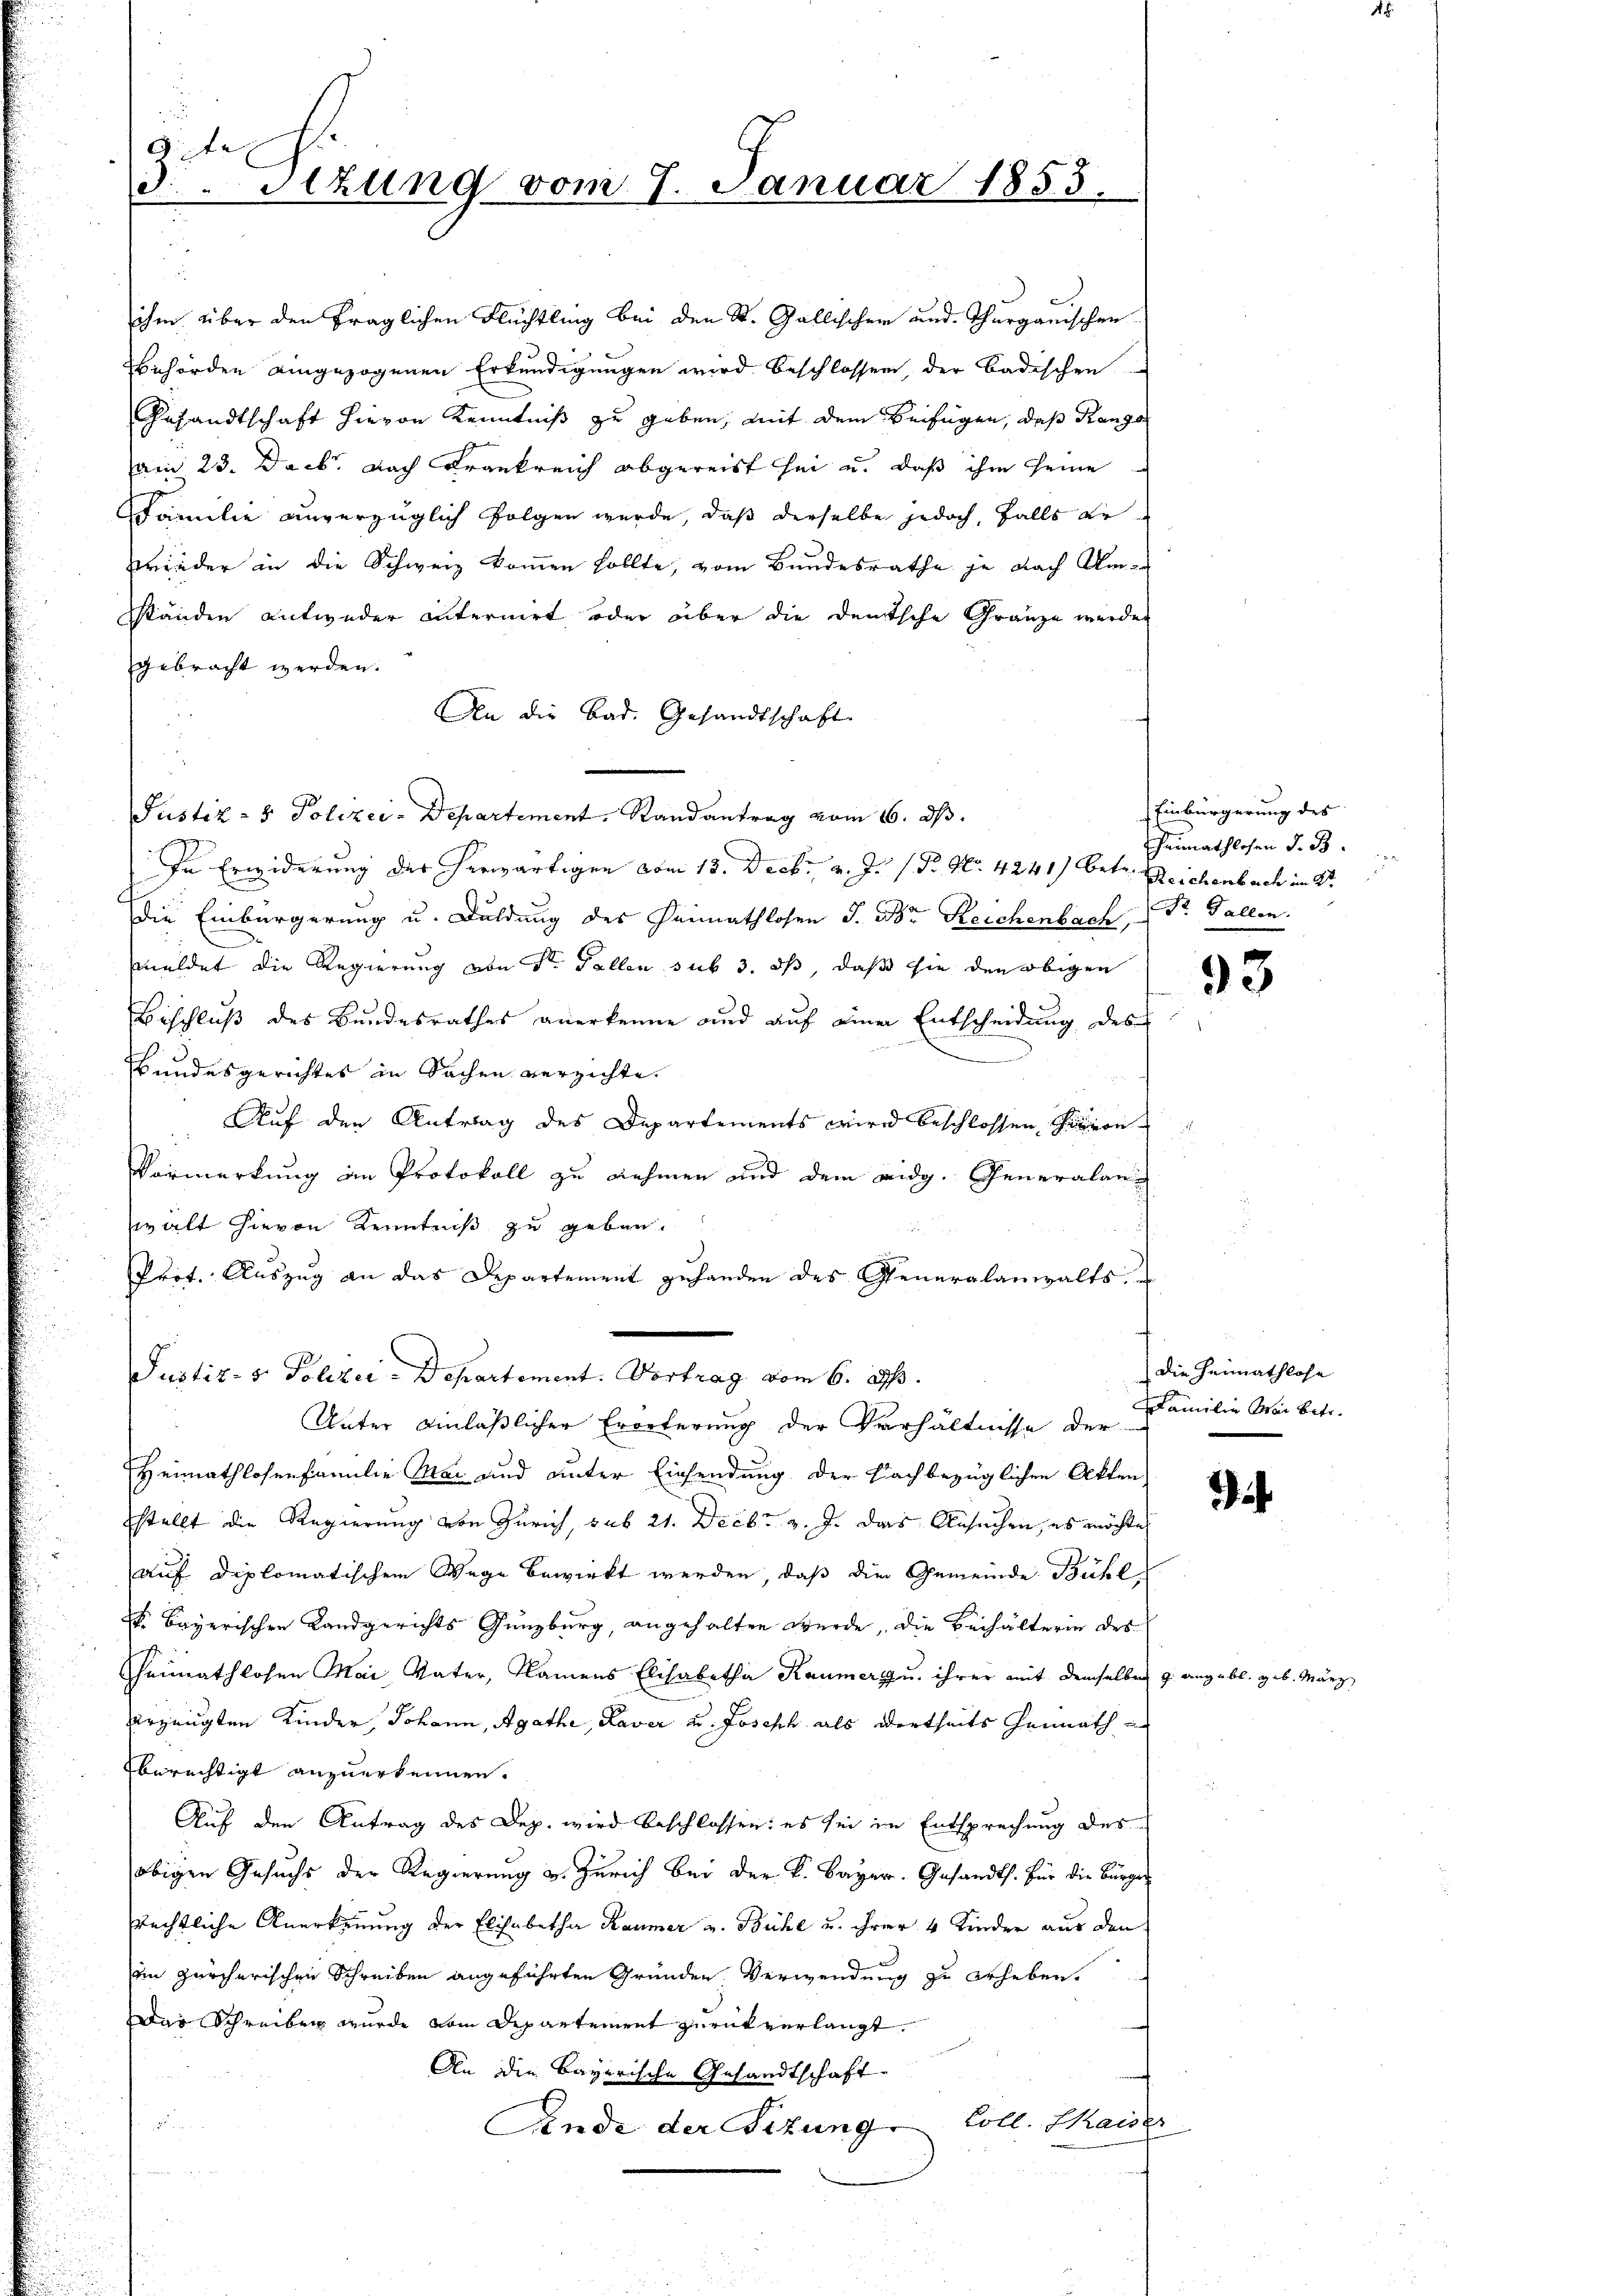
G.te
d.Stzung vom 7. Januar 1853.

ihm über den fraglichen Flüchtling bei den St. Gallischer und Thurgauischen
behörden eingezogenen Erkundigungen wird beschlossen, der Badischen
Gesandtschaft hievon Kenntniß zu geben, mit dem Beifügen, daß Rango
am 23. Decb. nach Frankreich abgereist sei u. daß ihm seine
Familie unverzüglich folgen wurde, daß derselbe jedoch, falls er¬
Wieder an die Schweiz kommen sollte, vom Bundesrathe je nach Um-
ständen entweder internirt oder über die deutsche Gränze werden
gebracht werden.
An die Bad. Gesandtschaft
Justiz- & Polizei-Departement. Randantrag vom 16. d.
In Erwiderung der herwärtigen vom 13. Deck. v. J. P. Nr. 4241) betr. Reichenbach in Sr.
Die Einbürgerung u. Duldung des Heimathlosen J. Der Reichenbach, Dr. Gallen.
meldet die Regierung von Sr. Fallen sub 3. ds, daß sie den obigen
Beschluß des Bundesrathes anerkenne und auf einer Entscheidung des
Bundesgerichtes in Sachen verzichte.
Auf den Antrag des Departements wird beschlossen, auron
Vormerkung im Protokoll zu nehmen und dem eidg. Generalanwalt hievon Kenntniß zu geben.
Prot. Auszug an das Departement gehanden des Generalanwalts
Justiz. v. Polizei Departement. Vortrag vom 6. ds.
Unter einläßlicher Erörterung der Verhältnisse der
Heimathlosenfamilie Mai und unter Einsendung der Nachbezüglichen Akten
stellt die Regierung von Zürich, sub 21. Decbr v. J. das Ansuchen, es möchte
auf diplomatischem Wege bewirkt werden, daß die Gemeinde Bühl
 Bayerischen Landgerichts Gunzburg, angehalten wurde, die Behälterin des
heimathlosen Mai, Vater, Namens Elisabetha Raumer u. ihrer mit demselben 9. angebl. geb. März
verzeugten Kinder, Johann, Agathe, Kaver u. Joseph als Wertheils Gemath
fberechtigt anzuerkennen.
Auf den Antrag des Dep. wird beschlossen: es sei in Entsprechung des
obigen Gesuchs der Regierung u. Zürich bei der k. Bayer. Gesandts. Für die Bürger
srechtliche Anerkennung der Elisabetha Raumer v. Bühl u. ihrer 4 Kinder aus den
im zürcherischen Schreiben angeführten Gründen Verwendung zu erheben.
Dar Schreiben wurde vom Departement zurückverlangt.
An die Bayerische Gesandtschaft
r
Pende der Sizung Coll. Thaiser

Einbürgerung des
Heimathlosen d. B.

93

die Heimathlose
FFamilie War betr.

i